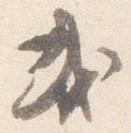
或